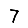
Digit: 7